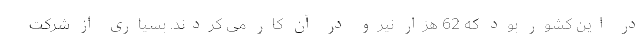
در این کشور بود که 62 هزار نیرو در آن کار می کردند. بسیاری از شرکت